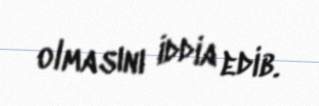
olmasını iddia edib.